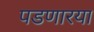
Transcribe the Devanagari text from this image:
पडणारया